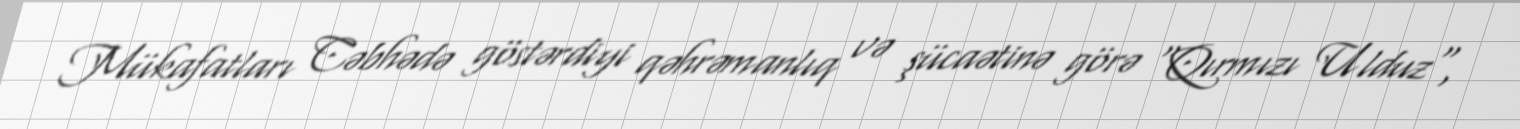
Mükafatları Cəbhədə göstərdiyi qəhrəmanlıq və şücaətinə görə "Qırmızı Ulduz",